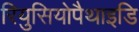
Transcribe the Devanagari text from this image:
रियुसियोपैथाइडि